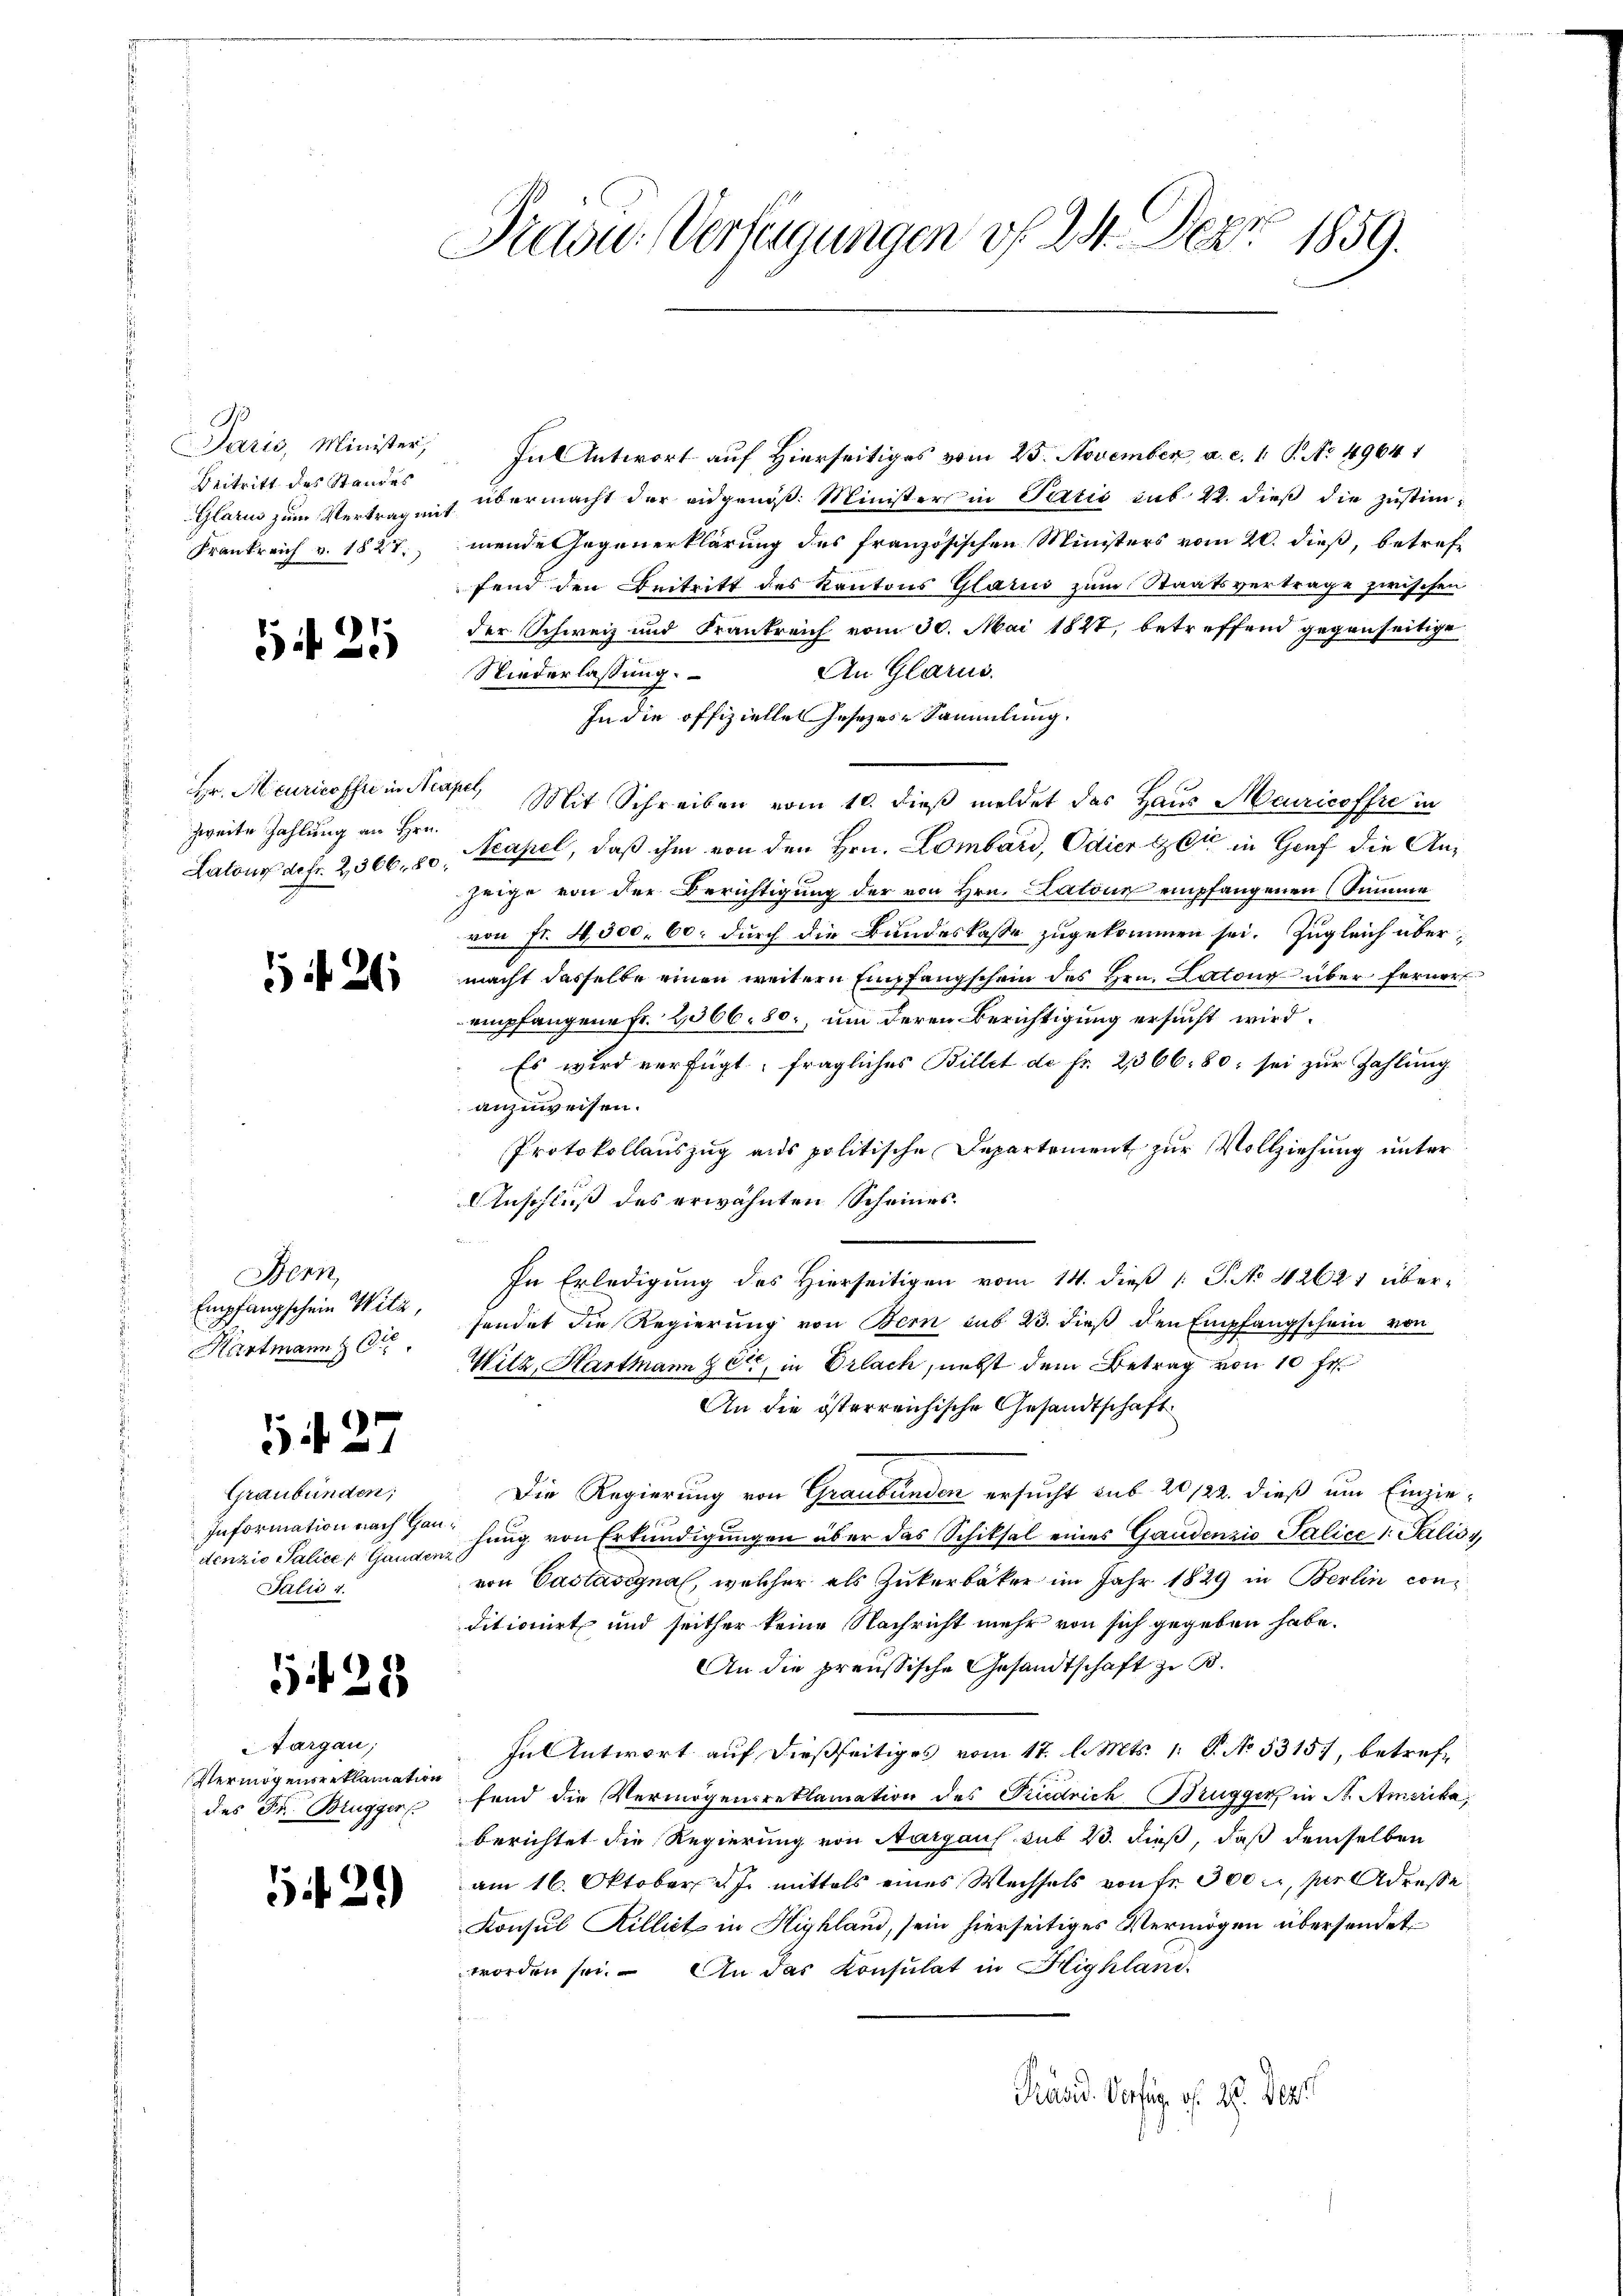
Paris, Minister,
Beitritt des Standes
Glarus zum Vertrag mit
Frankreich v. 1827.

G 25

Hr. Heuricoffre in Nea
zweite Zahlung an Hrn.
Latour defr. 2,366. 80.

5426

Bern,
Empfangschein Witz,
Kartmann z

54. 27

Graubünden;
Information nach Haudenzio Salice / Gandenz
Julii 1

125

Aargau;
Vermögensreklamation
des Dr. Brugger

12.)

Präsid.. Verfügungen v. 24. Dez. 1859.

In Antwort auf Hierseitiges vom 23. November a. c. 1 S. No. 4964 1
übermacht der angenoß. Minister in Partis sub. 2. dieß die Zustimmende Gegenerklärung des französischen Ministers vom 20. dieß, betreffend den Beitritt des Kantons Glarus zum Staatsvertrage zwischen
der Schweiz und Frankreich vom 30. Mai 1847, betreffend gegenseitige
An Glarus.
Niederlassung.
In die offizielle Gesezes-Sammlung.
c. Mit Schreiben vom 10. dieß meldet des Haus Meuricoffre in
Acapel, daß ihm von den Hrn. Lombard, Odier Gott in Graf die Anzeige von der Berichtigung der von Hrn. Kalous empfangenen Summe
von Fr. 4500. 60. durch die Bundeskasse zugekommen sei. Zugleich übermacht dasselbe einen weitern Empfangschein des Hrn. Latone über ferner
empfangene Fr. 2066 80., um deren Berichtigung ersucht wird.
Es wird verfügt, fragliches Billet de fr. 2366. 80, sei zur Zahlung
anzuweisen.
Protokollauszug aus politische Departement zur Vollziehung unter
Anschluß des erwähnten Scheines.
In Erledigung des Hierseitigen vom 14. dieß [ P. No 42621 übersendet die Regierung von Bern sub 23. dieß den Empfangschein von
Witz, Hartmann sei, in Erlach, nebst dem Betrag von 10 fr.
An die österreichische Gesandtschaft
Die Regierung von Graubünden ersucht sub 20/22. dieß um Einziehung von Erkundigungen über das Schiksal eines Gandenzio Palice 1: Palisvon Castasignal, welcher als Zukerbäker im Jahr 1829 in Berlin con
ditionirt und seither keine Nachricht mehr von sich gegeben habe.
An die preussische Gesandtschaft zu B.
In Antwort auf dießseitiges vom 17. l. Mts. 1. P. No 53151, betreff
fend die Vermögensreklamation des Tiedrich Brugger, in St. Amerika,
berichtet die Regierung von Aargaus mit 23. dieß, daß demselben
am 16. Oktober d. J. mittels eines Wechsels von fr. 300 fl, per Adresse
Konsul Rillict in Highland, sein hierseitiges Vermögen übersendet
worden sei. An das Consulat in Highland
Präsid. Verfüg v. 28. Dez.